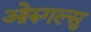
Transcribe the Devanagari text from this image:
ओरुगल्सु